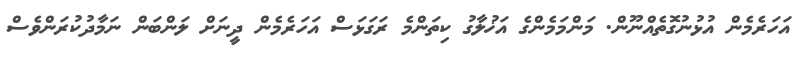
އަހަރެމެން އުޅުނުގޮތެއްނޫން. މަންމަމެންގެ އަޚުލާގު ކިތަންމެ ރަގަޅަސް އަހަރެމެން ދީނަށް ލަންބަން ނަމާދުކުރަންވެސް